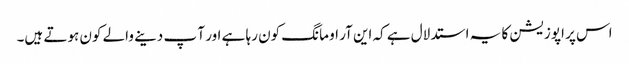
اس پر اپوزیشن کا یہ استدلال ہے کہ این آر او مانگ کون رہا ہے اور آ پ دینے والے کون ہوتے ہیں۔